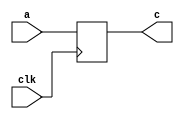
 // Blocking
module S3L1B (clk,a,c);
  input clk;
  input a;
  output c;
   
  wire clk;
  wire a;
  reg c;
  reg b;
    
 always @ (posedge clk )
 begin
	b = a; // Se asigna primero b con el valor de a
	c = b; // Posteriormente se asigna c con el valor de b
 end    
 endmodule